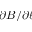
\partial B / \partial \ell